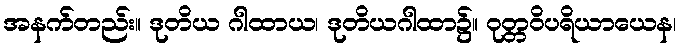
အနက်တည်း။ ဒုတိယ ဂါထာယ၊ ဒုတိယဂါထာ၌။ ဝုတ္တဝိပရိယာယေန၊